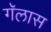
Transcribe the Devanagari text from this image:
गॅलास